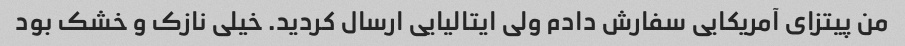
من پیتزاى آمریکایى سفارش دادم ولى ایتالیایى ارسال کردید. خیلى نازک و خشک بود